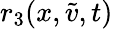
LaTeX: r_{3}(x,\tilde{v},t)